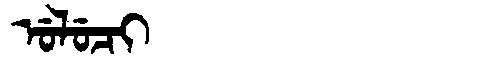
Manchu: ᡠᠯᡠᠴᡳ
Romanization: ULUCI